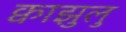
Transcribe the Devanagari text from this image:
क्वाझुलु